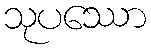
သုပဿော